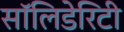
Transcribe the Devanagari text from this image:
सॉलिडेरिटी